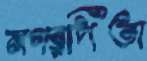
নগরপিতা